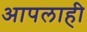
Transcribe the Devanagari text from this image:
आपलाही